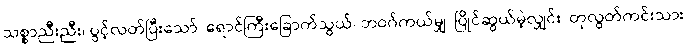
သစ္စာညီးညီး၊ ပွင့်လတ်ပြီးသော်၊ ရောင်ကြီးခြောက်သွယ်၊ ဘဝဂ်ကယ်မျှ၊ ပြိုင်ဆွယ်မဲ့လျှင်း၊ တုလွတ်ကင်းသား၊